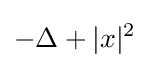
-\Delta +|x|^{2}